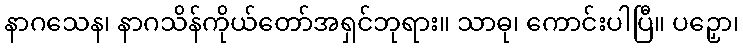
နာဂသေန၊ နာဂသိန်ကိုယ်တော်အရှင်ဘုရား။ သာဓု၊ ကောင်းပါပြီ။ ပဉှော၊